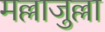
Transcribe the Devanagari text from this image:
मल्लाजुल्ला